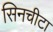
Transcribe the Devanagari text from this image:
सिनचीटा